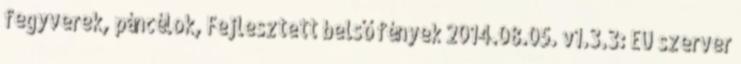
fegyverek, páncélok, Fejlesztett belső fények 2014.08.05. v1.3.3: EU szerver